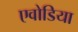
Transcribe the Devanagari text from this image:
एवोडिया